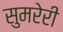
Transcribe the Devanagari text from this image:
सुमरेरी